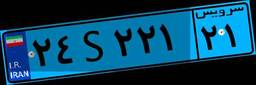
۲۴S۲۲۱۲۱